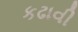
કઢાવી